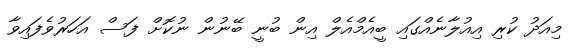
މިއަދު ކުރި އިއުލާނެއްގައި ބީއެމްއެލް އިން ބުނީ ބޭނުން ނުކޮށް ފަސް އަހަރުވެފައިވާ